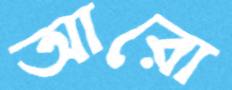
আরো